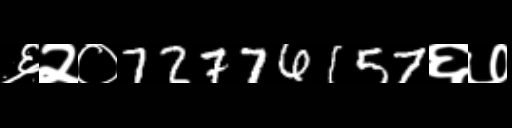
Text: ६२०72776157६७